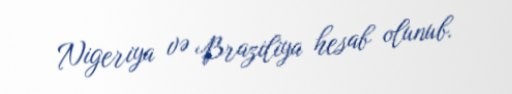
Nigeriya və Braziliya hesab olunub.